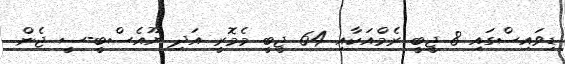
ޑިވައިސްގައި 8 ޖީބީ ރެމްއަކާއި 64 ޖީބީ މެމޮރީ އަދި ޔޫއެސްބީ-ސީ ޖެން